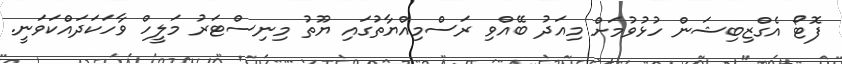
ފޮޓޯ އެގްޒިބިޝަން ހުޅުވުމަށް މިއަދު ބޭއްވި ރަސްމިއްޔާތުގައި ޔޫތު މިނިސްޓަރު މަލީހް ވާހަކަދައްކަވަނީ.